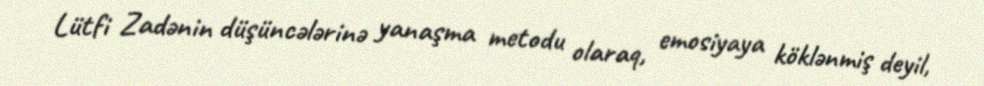
Lütfi Zadənin düşüncələrinə yanaşma metodu olaraq, emosiyaya köklənmiş deyil,